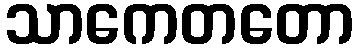
သာကေတတော